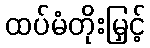
ထပ်မံတိုးမြှင့်